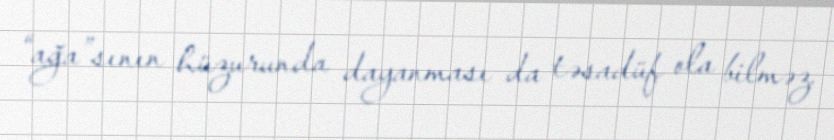
“ağa”sının hüzurunda dayanması da təsadüf ola bilməz.